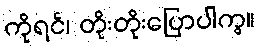
ကိုရင်၊ တိုးတိုးပြောပါကွ။